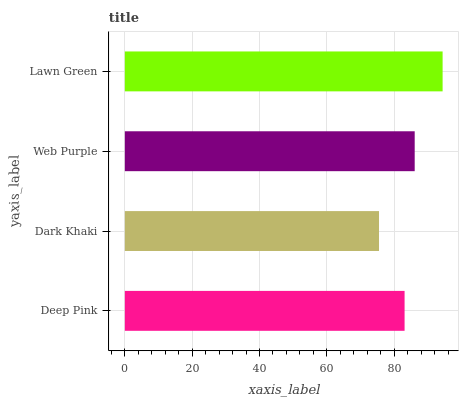
| yaxis_label | bars |
 | --- | --- |
 | Deep Pink | 83.1 |
 | Dark Khaki | 75.5 |
 | Web Purple | 86.1 |
 | Lawn Green | 94.4 |